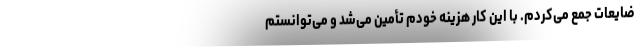
ضایعات جمع می‌کردم. با این کار هزینه خودم تأمین می‌شد و می‌توانستم